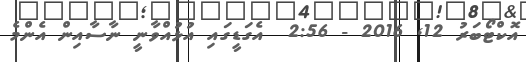
އޮކްޓޯބަރު 12